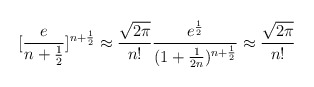
\begin{align*}[\frac {e}{n+ \frac {1}{2}}]^{n+ \frac {1}{2}} \approx\frac{\sqrt{2\pi}}{n!}\frac{e^{\frac {1}{2}}}{(1+\frac{1}{2n})^{n+\frac{1}{2}}}\approx \frac{\sqrt{2\pi}}{n!}\end{align*}